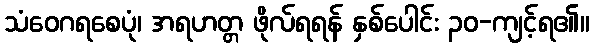
သံဝေဂရစေပုံ၊ အရဟတ္တ ဖိုလ်ရရန် နှစ်ပေါင်း ၃၀-ကျင့်ရ၏။